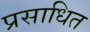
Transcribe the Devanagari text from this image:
प्रसाधित